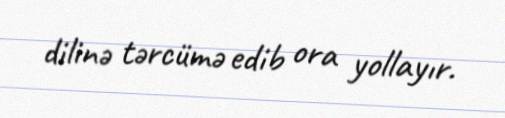
dilinə tərcümə edib ora yollayır.